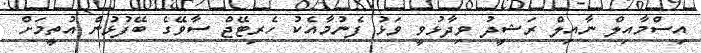
އިސްމާއިލް ނާއިލް ރަޝީދު ވިދާޅުވީ ވަޅު ފެނުމާއެކު ހެރިޓޭޖް ސާވޭގެ ބޭފުޅުން އުތީމަށް